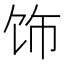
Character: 饰